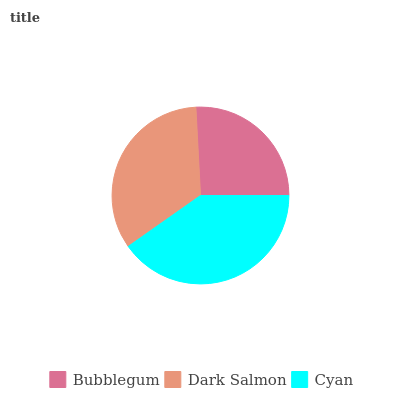
| Bubblegum | Dark Salmon | Cyan |
 | --- | --- | --- |
 | 25.8% | 33.9% | 40.3% |